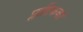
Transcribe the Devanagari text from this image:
प्लाष्टिकको